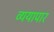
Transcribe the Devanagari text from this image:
व्ययापार